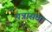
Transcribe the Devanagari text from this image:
पन्नासवा